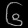
Digit: ၆